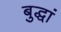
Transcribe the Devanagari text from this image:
बुद्धां